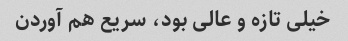
خیلی تازه و عالی بود، سریع هم آوردن